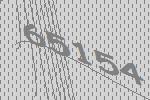
65154